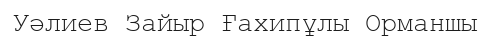
Уәлиев Зайыр Ғахипұлы Орманшы